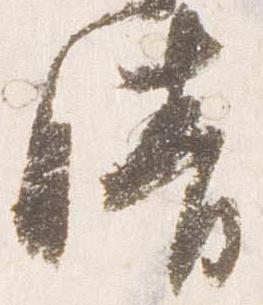
晴